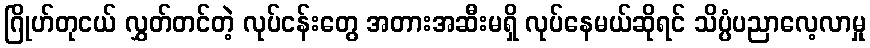
ဂြိုဟ်တုငယ် လွှတ်တင်တဲ့ လုပ်ငန်းတွေ အတားအဆီးမရှိ လုပ်နေမယ်ဆိုရင် သိပ္ပံပညာလေ့လာမှု